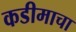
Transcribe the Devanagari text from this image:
कडीमाचा